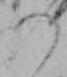
の